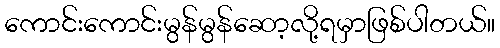
ကောင်းကောင်းမွန်မွန်ဆော့လို့ရမှာဖြစ်ပါတယ်။